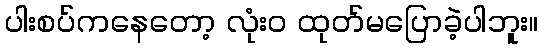
ပါးစပ်ကနေတော့ လုံးဝ ထုတ်မပြောခဲ့ပါဘူး။